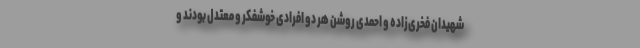
شهیدان فخری‌زاده و احمدی روشن هر دو افرادی خوشفکر و معتدل بودند و